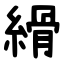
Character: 縎